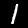
Digit: 1